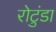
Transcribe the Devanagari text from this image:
रोटुंडा